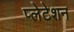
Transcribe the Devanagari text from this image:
प्लेटेशन